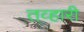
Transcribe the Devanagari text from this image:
तव्हारी